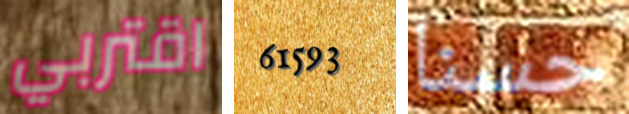
اقتربي 61593 حسنا